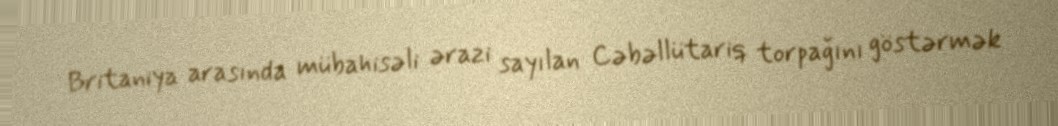
Britaniya arasında mübahisəli ərazi sayılan Cəbəllütariq torpağını göstərmək